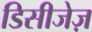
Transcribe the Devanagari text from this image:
डिसीजेज़